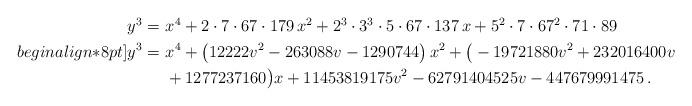
LaTeX: \begin{align*}\begin{aligned}y^3 = \, \, & x^{4} + 2 \cdot 7 \cdot 67 \cdot 179 \, x^{2} + 2^3 \cdot 3^3 \cdot 5 \cdot 67 \cdot 137 \, x + 5^2 \cdot 7 \cdot 67^2 \cdot 71 \cdot 89\\begin{align*}8pt]y^{3} = \, \, & x^{4} + \left(12222 v^{2} - 263088 v - 1290744\right) x^{2} + \big(-19721880 v^{2} + 232016400 v\\& + 1277237160\big) x + 11453819175 v^{2} - 62791404525 v - 447679991475 \,.\end{aligned}\end{align*}